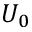
U _ { 0 }